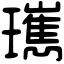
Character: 㼇